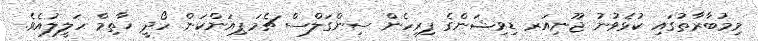
މިމުބާރާތުގައި ކުޅެވުނު ޖޫނިއަރ ޑިވިޝަންގެ ފިރިހެން ސިންގަލްސް ޗެމަޕިއަންކަން ހޯދީ ޚާތިމް ހަލީލުއެވެ.